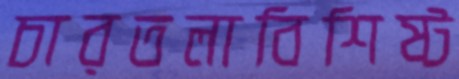
চারতলাবিশিষ্ট